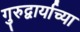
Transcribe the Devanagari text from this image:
गुरुद्वार्याच्या